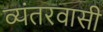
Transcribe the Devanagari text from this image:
व्यंतरवासी